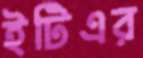
ইটিএর